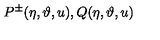
P ^ { \pm } ( \eta , \vartheta , u ) , Q ( \eta , \vartheta , u )